Etiology and epidemiology of plague
Disease focus: Plague
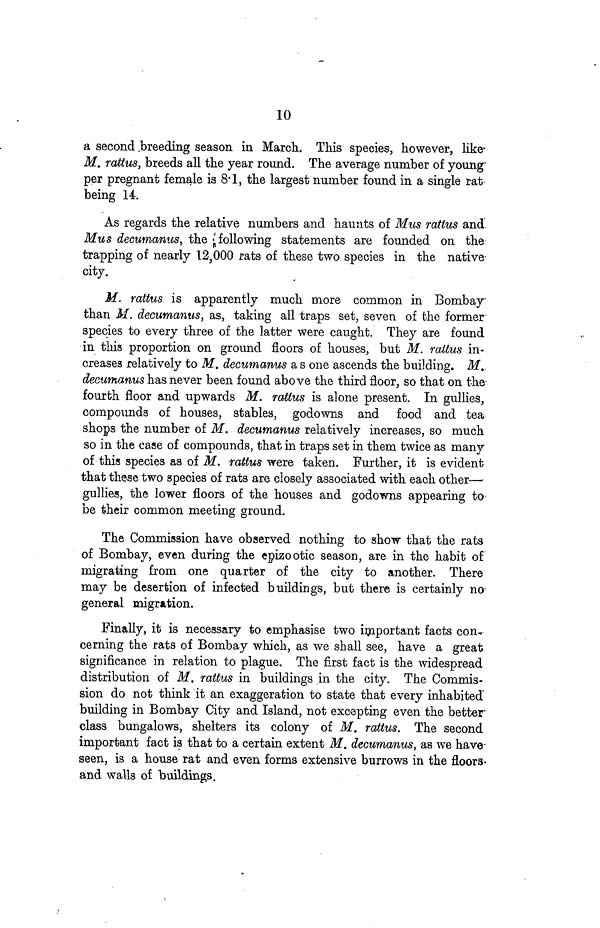
10
a second breeding season in March. This species, however, like
M. rattus, breeds all the year round. The average number of young
per pregnant female is 8 1, the largest number found in a single rat
being 14.
As regards the relative numbers and haunts of Mus rattus and
Mus decumanus, the following statements are founded on the
trapping of nearly 12,000 rats of these two species in the native-
city.
M. rattus is apparently much more common in Bombay
than M. decumanus, as, taking all traps set, seven of the former-
species to every three of the latter were caught. They are found
in this proportion on ground floors of houses, but M. rattus in-
creases relatively to M. decumanus as one ascends the building. M.
decumanus has never been found above the third floor, so that on the
fourth floor and upwards M. rattus is alone present. In gullies,
compounds of houses, stables, godowns and food and tea
shops the number of M. decumanus relatively increases, so much
so in the case of compounds, that in traps set in them twice as many
of this species as of M. rattus were taken. Further, it is evident
that these two species of rats are closely associated with each other—
gullies, the lower floors of the houses and godowns appearing to
be their common meeting ground.
The Commission have observed nothing to show that the rats
of Bombay, even during the epizo otic season, are in the habit of
migrating from one quarter of the city to another. There
may be desertion of infected buildings, but there is certainly no
general migration.
Finally, it is necessary to emphasise two important facts con.
cerning the rats of Bombay which, as we shall see, have a great
significance in relation to plague. The first fact is the widespread
distribution of M. rattus in buildings in the city. The Commis-
sion do not think it an exaggeration to state that every inhabited
building in Bombay City and Island, not excepting even the better
class bungalows, shelters its colony of M. rattus. The second
important fact is that to a certain extent M. decumanus, as we have-
seen, is a house rat and even forms extensive burrows in the floors-
and walls of buildings.